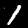
Digit: 1